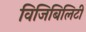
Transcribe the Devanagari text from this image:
विजिबिलिटी